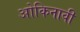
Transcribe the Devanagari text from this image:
ओकिनावी